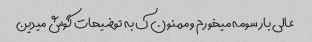
عالی بار سومه میخورم و ممنون ک به توضیحات گوش میدین